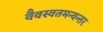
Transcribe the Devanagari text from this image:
वैवस्वतमन्वन्तर